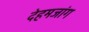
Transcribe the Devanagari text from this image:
देहमजांग